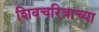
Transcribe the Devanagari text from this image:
शिवचरित्राच्या